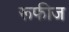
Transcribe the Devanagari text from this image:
रूफीज